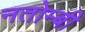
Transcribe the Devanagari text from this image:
नतोम्बी